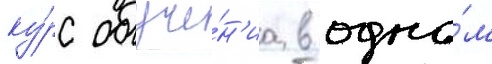
ку́рс обуче́н'иа в одно́м